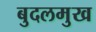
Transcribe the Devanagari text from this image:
बुदलमुख